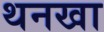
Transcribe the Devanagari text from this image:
थनखा